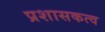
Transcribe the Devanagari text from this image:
प्रशासकत्व